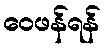
ဝေဖန်ရန်